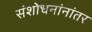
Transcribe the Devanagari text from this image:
संशोधनांनांतर